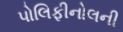
પોલિફીનોલની